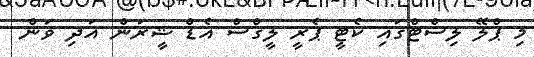
މި ޕްލޭ ލިސްޓްގައި ކެޓީ ޕެރީ ލީގްސް އެޑް ޝީރަން އަދި ވަން